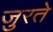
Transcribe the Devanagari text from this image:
जुरते